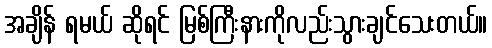
အချိန် ရမယ် ဆိုရင် မြစ်ကြီးနားကိုလည်းသွားချင်သေးတယ်။